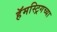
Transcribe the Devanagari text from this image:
हॅमस्ट्रिगच्या